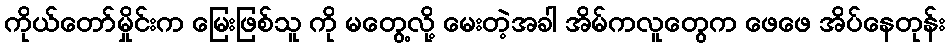
ကိုယ်တော်မှိုင်းက မြေးဖြစ်သူ ကို မတွေ့လို့ မေးတဲ့အခါ အိမ်ကလူတွေက ဖေဖေ အိပ်နေတုန်း